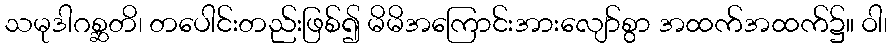
သမုဒါဂစ္ဆတိ၊ တပေါင်းတည်းဖြစ်၍ မိမိအကြောင်းအားလျော်စွာ အထက်အထက်၌။ ဝါ၊